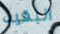
البقيه